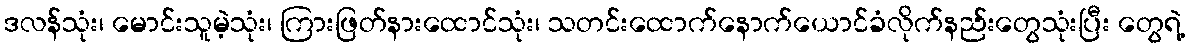
ဒလန်သုံး၊ မောင်းသူမဲ့သုံး၊ ကြားဖြတ်နားထောင်သုံး၊ သတင်းထောက်နောက်ယောင်ခံလိုက်နည်းတွေသုံးပြီး တွေရဲ့